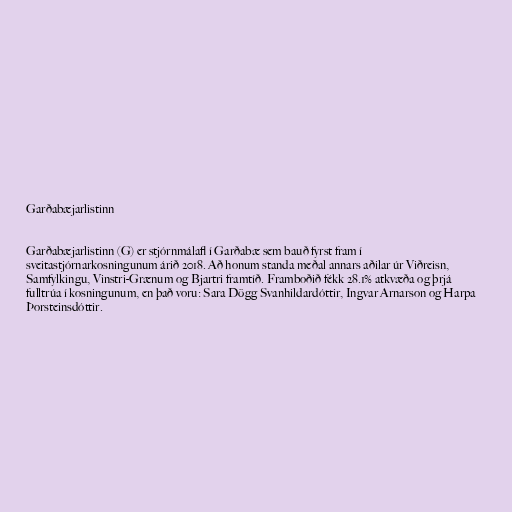
Garðabæjarlistinn

Garðabæjarlistinn (G) er stjórnmálafl í Garðabæ sem bauð fyrst fram í
sveitastjórnarkosningunum árið 2018. Að honum standa meðal annars aðilar úr Viðreisn,
Samfylkingu, Vinstri-Grænum og Bjartri framtíð. Framboðið fékk 28.1% atkvæða og þrjá
fulltrúa í kosningunum, en það voru: Sara Dögg Svanhildardóttir, Ingvar Arnarson og Harpa
Þorsteinsdóttir.